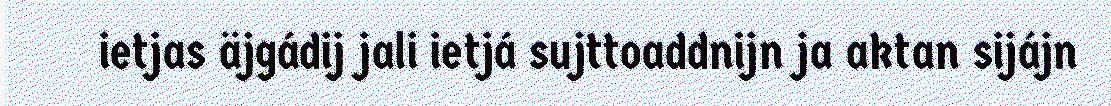
ietjas äjgádij jali ietjá sujttoaddnijn ja aktan sijájn